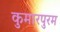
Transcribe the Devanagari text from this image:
कुमारपुरम